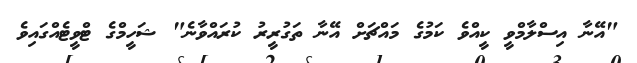
"އޭނާ އިސްލާމްވީ ކީއްވެ ކަމުގެ މައްޗަށް އޭނާ ތަގުރީރު ކުރައްވާނެ" ޝަހީމްގެ ޓްވީޓެއްގައިވެ